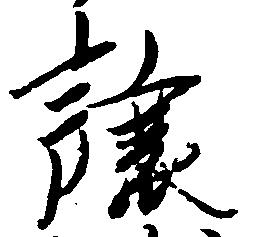
譲